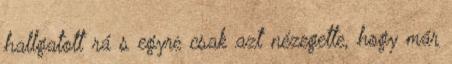
hallgatott rá s egyre csak azt nézegette, hogy már